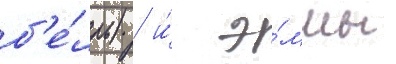
б'е́лль) / и́ э́ммы